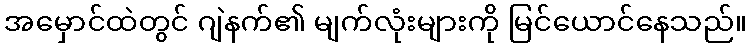
အမှောင်ထဲတွင် ဂျဲနက်၏ မျက်လုံးများကို မြင်ယောင်နေသည်။